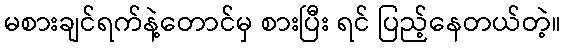
မစားချင်ရက်နဲ့တောင်မှ စားပြီး ရင် ပြည့်နေတယ်တဲ့။